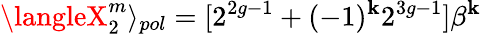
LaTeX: \langleX_{2}^{m}\rangle_{pol}=[2^{2g-1}+(-1)^{\mathbf{k}}2^{3g-1}]\beta^{\mathbf{k}}